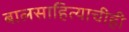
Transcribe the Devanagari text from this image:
बालसाहित्याचीही